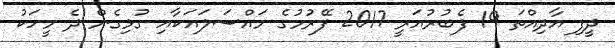
ދީފި އާދިއްތަ 19 ފެބުރުއަރީ 2017 ފޭރުމުގެ މައްސަލައަކާއި ގުޅިގެން ދެ މީހަކު